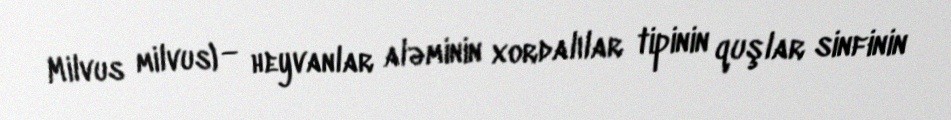
Milvus milvus) — heyvanlar aləminin xordalılar tipinin quşlar sinfinin